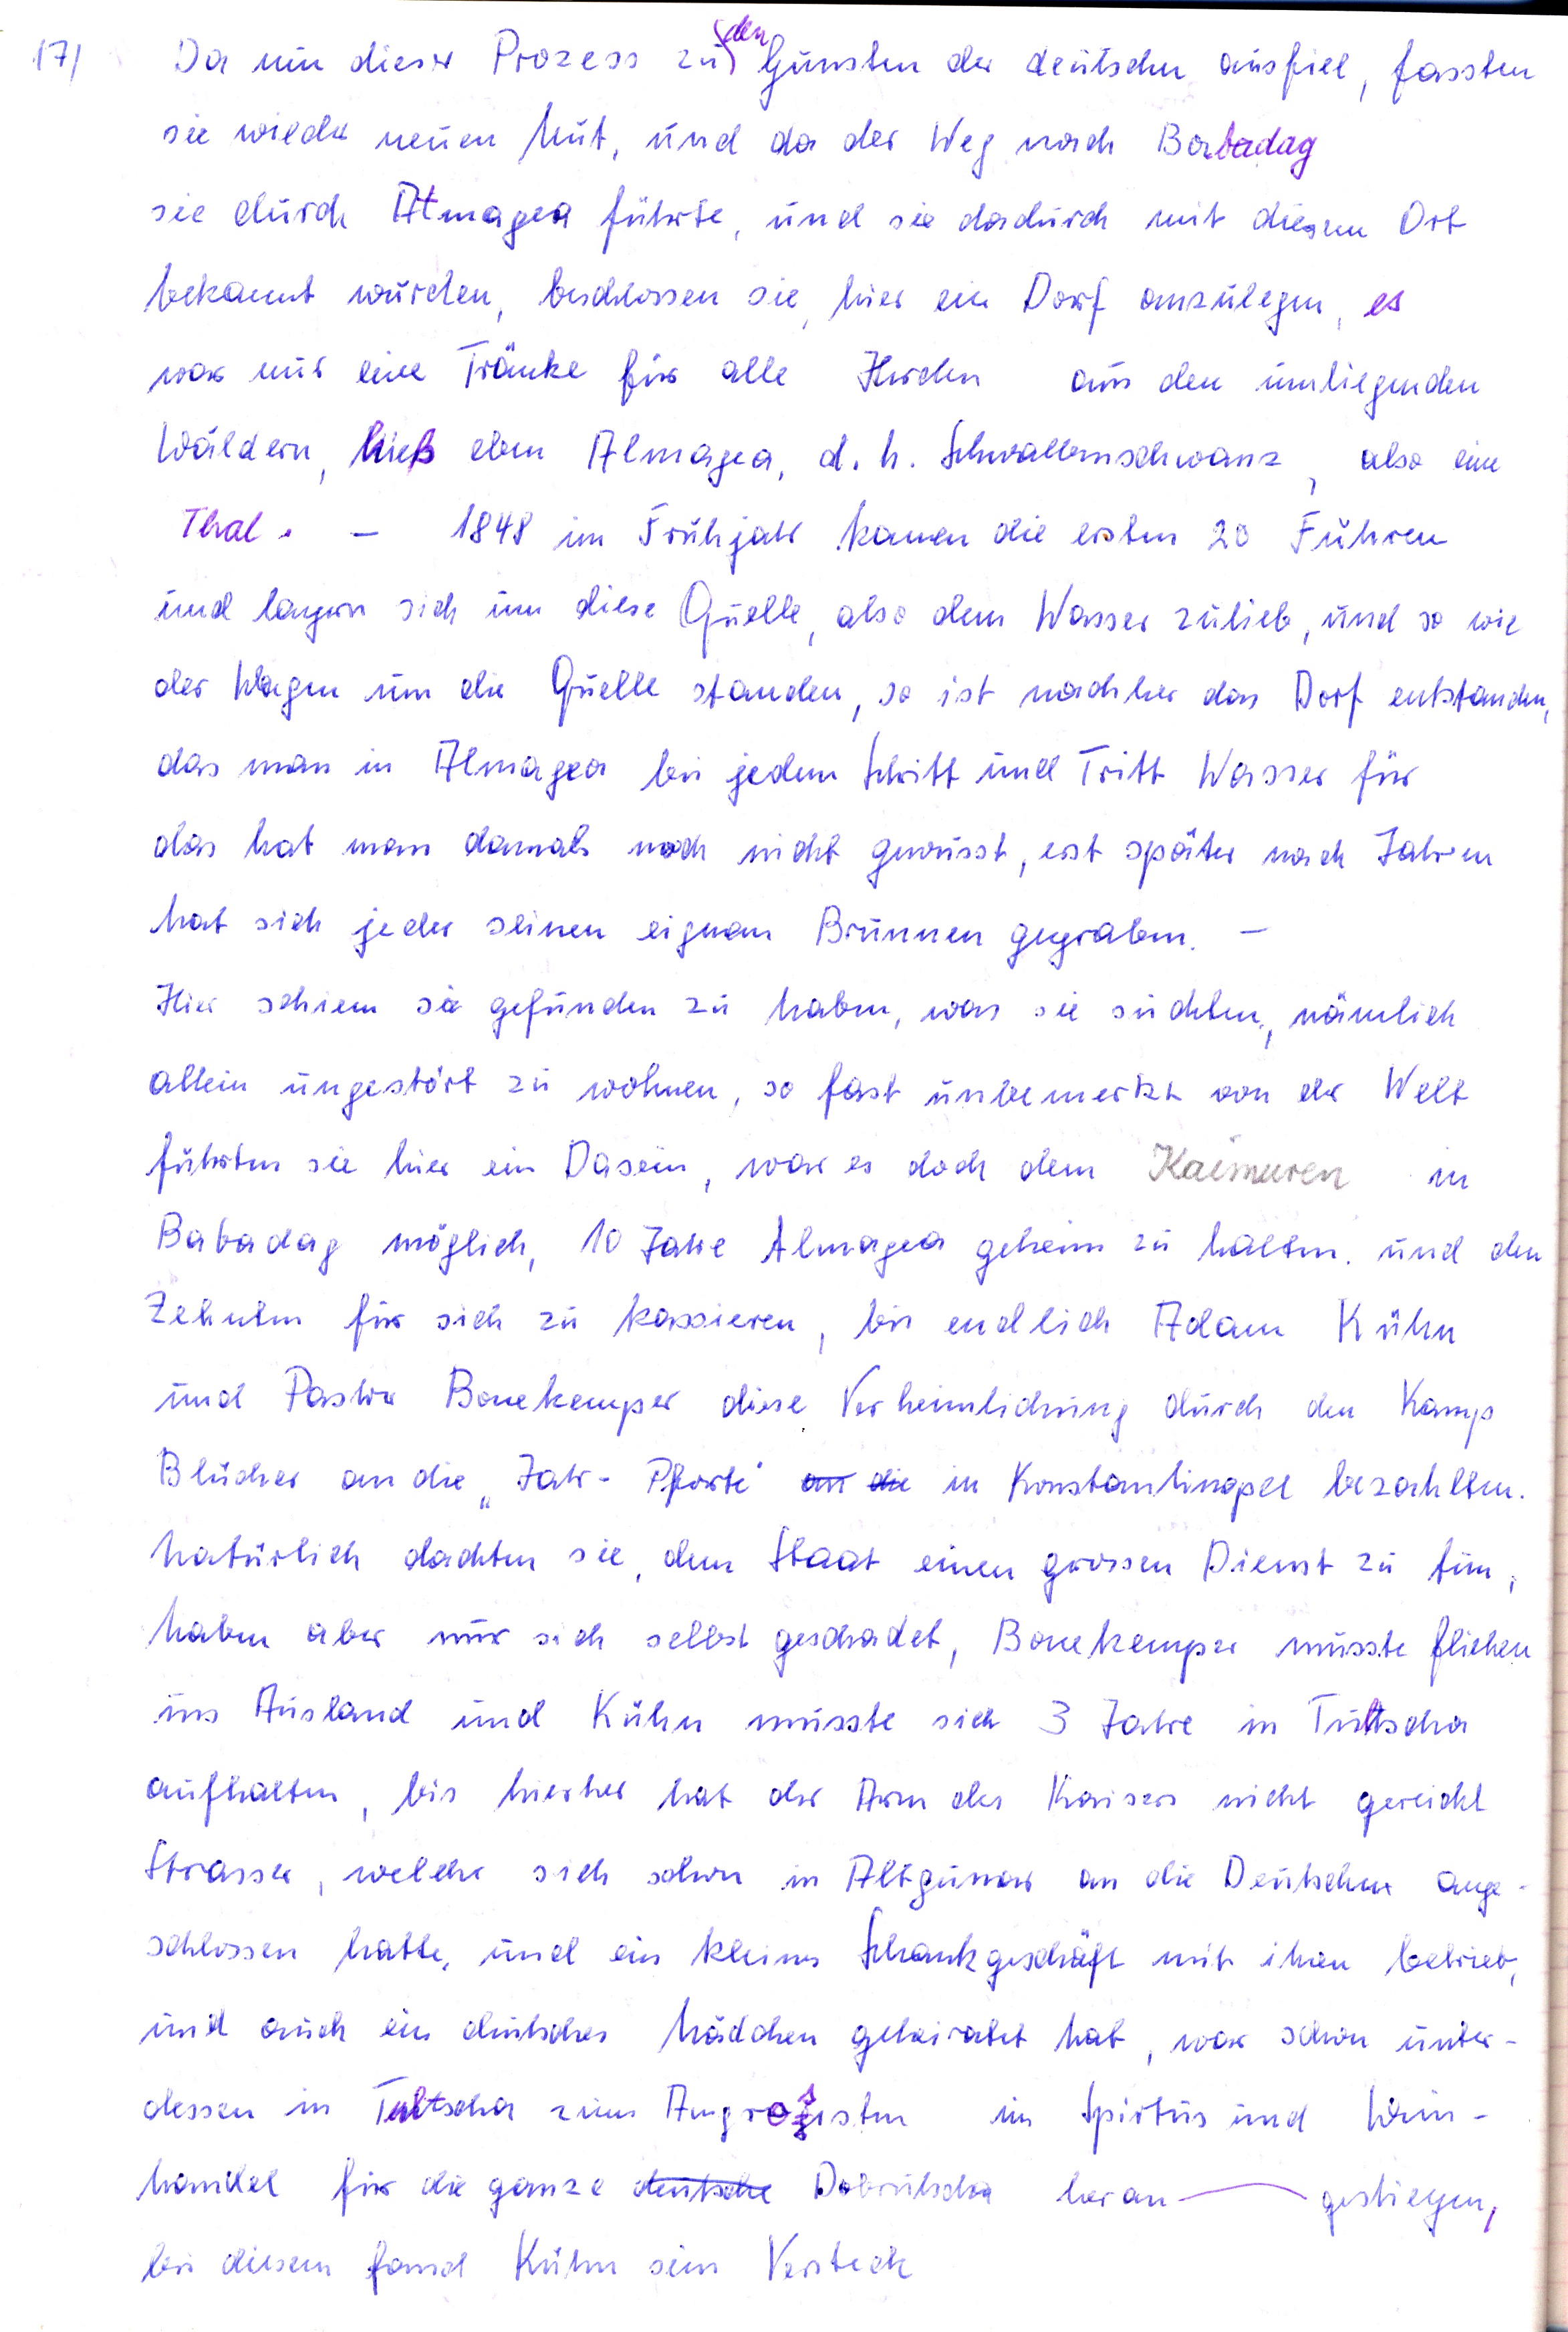
17

den
Da nun dieser Prozess zu Gunsten der deutschen ausfiel, fassten
sie wieder neuen Mut, und da der Weg nach Babadag
sie durch Atmagea führte und sie dadurch mit diesem Ort
bekannt wurden, beschlossen sie hier ein Dorf anzulegen es
war nur eine Tränke für alle Herden aus den umliegenden
Wäldern hieß eben Atmagea, d.h. Schwalbenschwanz also eone
Thal.
1848 im Frühjahr kamen die ersten 20 Fuhren
und legern sich um diese Quelle , also dem Wasser zulieb , und so wie
der Wagen um die Quelle standen, so ist nachher das Dorf entstanden
das man in Atmagea bei jedem Schritt und Tritt Wasser für
das hat man damals noch nicht gewusst, erst später nach jahren
hat sich jeder seinen eignen Brunnen gegraben
Hier schien sie gefunden zu haben, was sie suchten, nämlich
allein ungestört zu wohnen, so fast unbemerkt von der Welt
führten Sie hier ein dasein , war es doch den Kaimuren in
Babadag möglich, 10 jahre Atmagea geheim zu halten und den
Zehnten für sich zu kassieren , bis endlich Adam Kühn
und Pastor Bonekemper die4se Verheimlichung durch den Kamp
Blücher an die  Jatr - Pforte an die in Konstantinopel bezahlten.
Natürlich dachten sie dem Staat einen grossen Dienst zu tun
haben aber nur sich selbst geschadet, Bonekemper musste fliehen
ins Ausland und Kühn musste sich 3 Jahre in  Tultscha
aufhalten , bis hierher hat der Arm des Kaisers nicht gereicht.
Strasser , welcher sich schon in Altgumar an die Deutschen ange
schlossen hatte, und ein kleines Schankgeschäft mit ihnen betrieb
und auch ein deutsches Mädchen geheiratet hat , war schon unter-
dessen in Tultscha zum Agrosisten in Spiritus und Wein -
handel für die ganze deutsche Dobrutscha heran
gestiegen
bei diesem fand Kühn sein Versteck